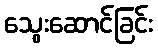
သွေးဆောင်ခြင်း